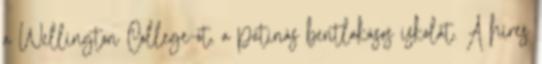
a Wellington College-ot, a patinás bentlakásos iskolát. A híres